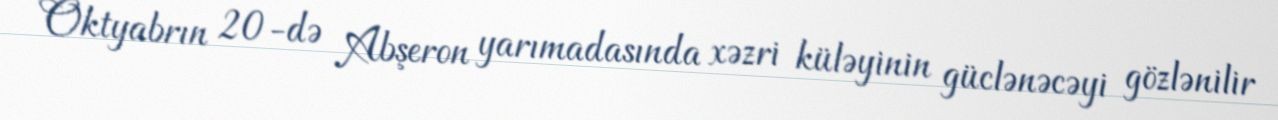
Oktyabrın 20-də Abşeron yarımadasında xəzri küləyinin güclənəcəyi gözlənilir